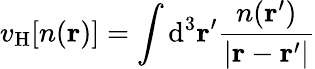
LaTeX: v_{\mathrm{H}}[n(\textbf{r})]=\int\mathrm{d^{3}}\textbf{r}^{\prime}\frac{n(\textbf{r}^{\prime})}{|\textbf{r}-\textbf{r}^{\prime}|}